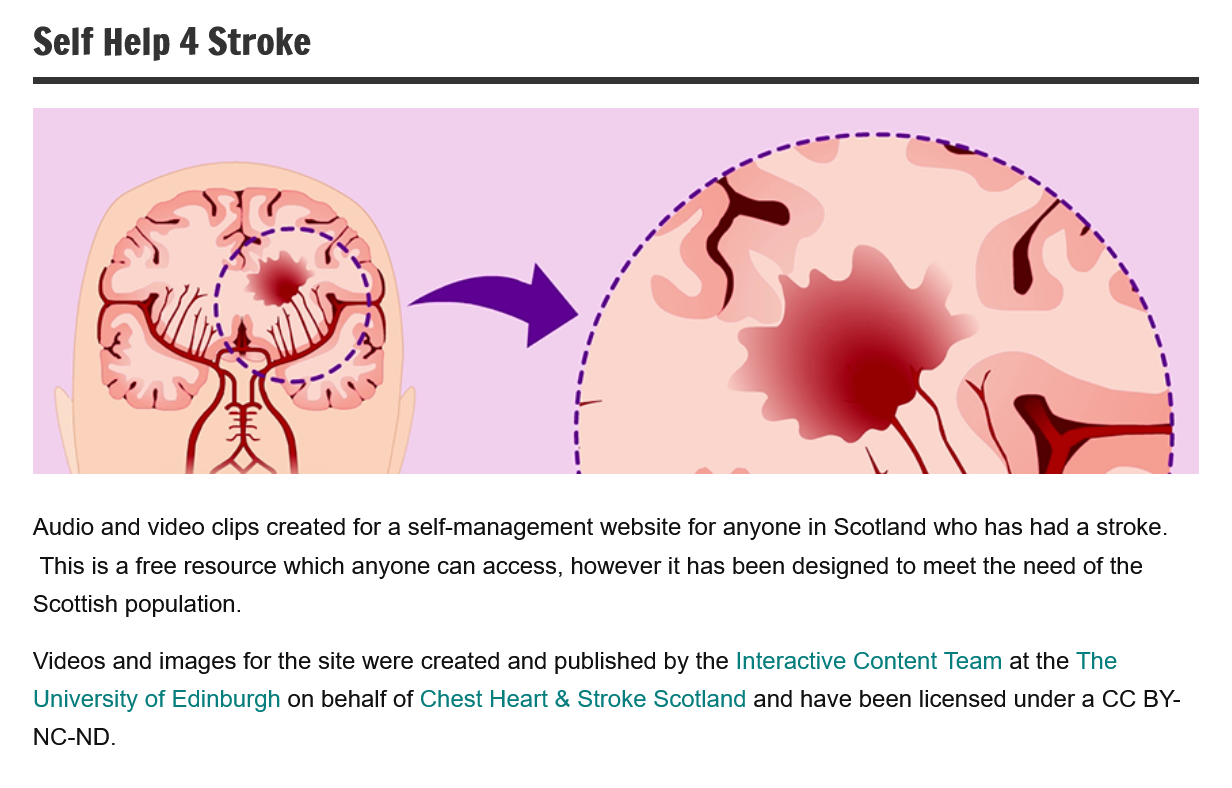
Self  Help 4 Stroke
     4
     -
     aa
     ss
     s
     (
     .
   Audio and video clips created for a self-management website for anyone in Scotland who has had a stroke.
    This is a free resource which anyone can access, however it has been designed to meet the need of the
   Scottish population.
   Videos and images for the site were created and published by the Interactive Content Team at the The
   University of Edinburgh on behalf of Chest Heart & Stroke Scotland and have been licensed under a CC BY-
   NC-ND.